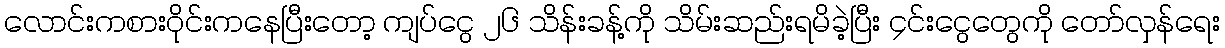
လောင်းကစားဝိုင်းကနေပြီးတော့ ကျပ်ငွေ ၂၆ သိန်းခန့်ကို သိမ်းဆည်းရမိခဲ့ပြီး ၄င်းငွေတွေကို တော်လှန်ရေး